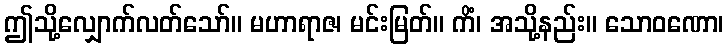
ဤသို့လျှောက်လတ်သော်။ မဟာရာဇ၊ မင်းမြတ်။ ကိံ၊ အသို့နည်း။ သောဝဏော၊